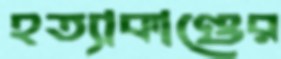
হত্যাকাণ্ডের